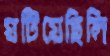
ঘটিয়েছিলি